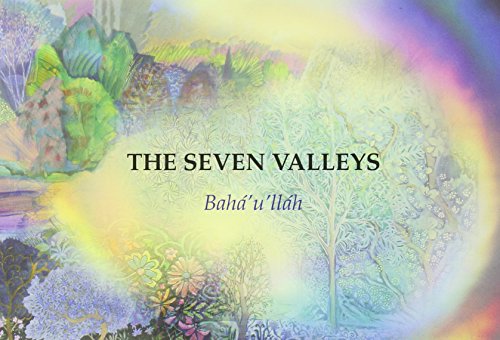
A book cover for The Seven Valleys; BahÃ¡' u'llÃ¡h; Religion & Spirituality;